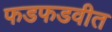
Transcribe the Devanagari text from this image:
फडफडवीत